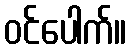
ဝင်ပေါက်။